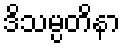
ဒိသမ္ပတိနာ